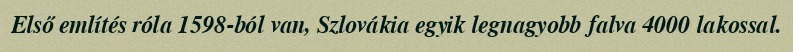
Első említés róla 1598-ból van, Szlovákia egyik legnagyobb falva 4000 lakossal.